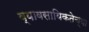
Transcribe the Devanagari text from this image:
व्यावसायिकतेच्या